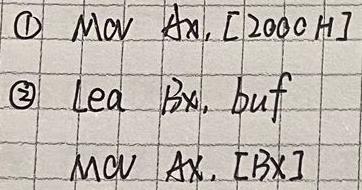
\begin{align*}
&\textcircled{1}\ Mov\ Ax, [2000H]\\
&\textcircled{2}\ Lea\ Bx, buf\\
&\ Mov\ Ax, [Bx]
\end{align*}